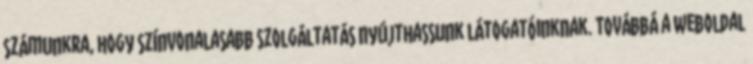
számunkra, hogy színvonalasabb szolgáltatás nyújthassunk látogatóinknak. Továbbá a weboldal